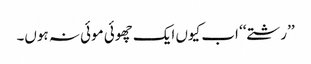
’’رشتے‘‘ اب کیوں ایک چھوئی موئی نہ ہوں۔